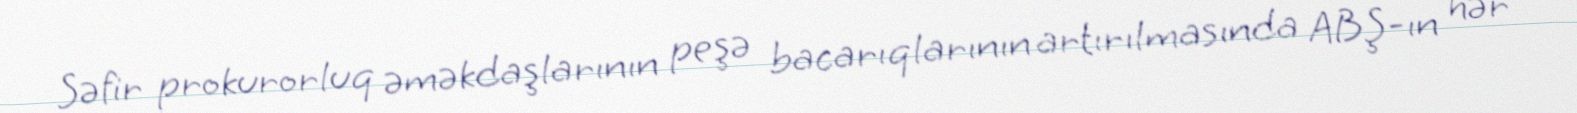
Səfir prokurorluq əməkdaşlarının peşə bacarıqlarının artırılmasında ABŞ-ın hər